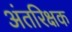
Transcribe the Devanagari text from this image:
अंतरिक्षक